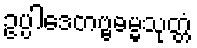
ဥပ္ပါဒေတဗ္ဗဓမ္မသုတ္တံ